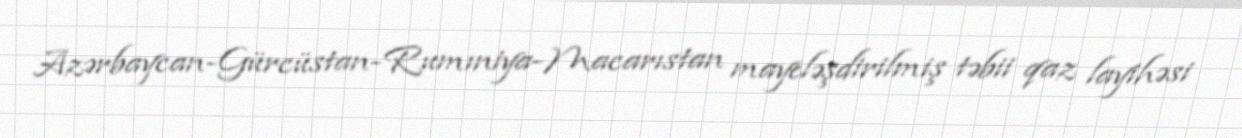
Azərbaycan-Gürcüstan-Rumıniya-Macarıstan mayeləşdirilmiş təbii qaz layihəsi